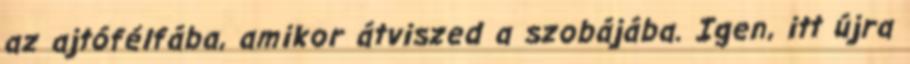
az ajtófélfába, amikor átviszed a szobájába. Igen, itt újra